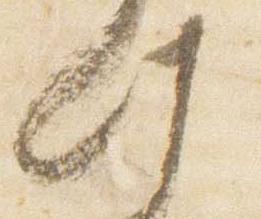
此